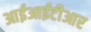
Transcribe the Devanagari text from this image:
आईआईटीआर